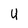
Character: U